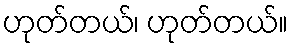
ဟုတ်တယ်၊ ဟုတ်တယ်။